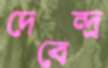
দেবেন্দ্র